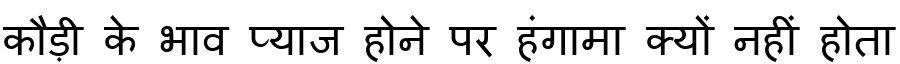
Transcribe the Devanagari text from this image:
कौड़ी के भाव प्याज होने पर हंगामा क्यों नहीं होता